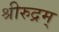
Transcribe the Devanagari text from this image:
श्रीरुद्रम्